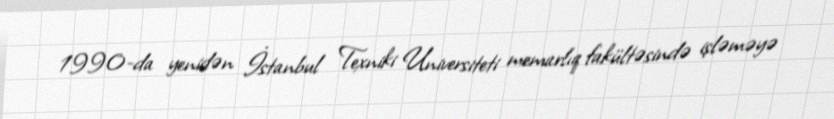
1990-da yenidən İstanbul Texniki Universiteti memarlıq fakültəsində işləməyə